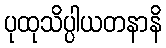
ပုထုသိပ္ပါယတနာနိ